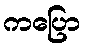
ကပြော